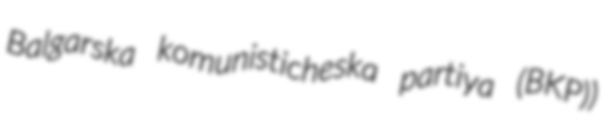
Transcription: Balgarska komunisticheska partiya (BKP))